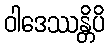
ဝါဒေဿန္တိပိ